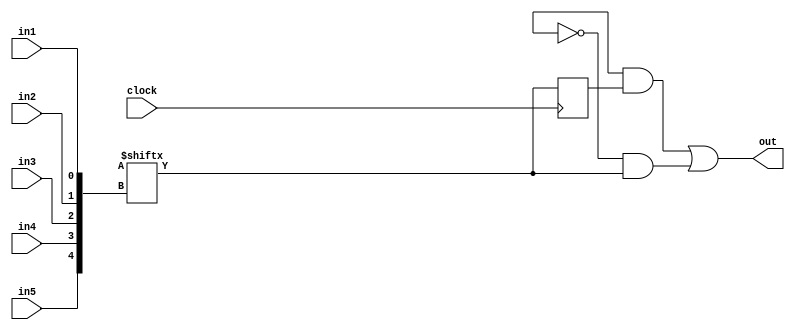
module logic_tile(out,clock,in1,in2,in3,in4,in5);
    input clock;
    input in1;
    input in2,in3,in4,in5;
    wire control;
    output out;
    reg [32:0] mem;
    reg q;
    reg qbar;
    wire d;

    initial begin
      q = 1'b0;
    end

    
    assign control=mem[32];
    assign d=mem[{in5,in4,in3,in2,in1}];
    always@(posedge clock)
        begin
            q <=d;
            qbar=!d;
        end


    assign out=(control & q) | (~control & d);
endmodule
module switch_box_4x4(out,in);
    input [3:0] in;
    reg [15:0] configure;
    output [3:0] out;
    assign out[0]= ((in[0] & configure[0]) | (in[1] & configure[1])) | ((in[2] & configure[2]) | (in[3] & configure[3]));
    assign out[1]= ((in[0] & configure[4]) | (in[1] & configure[5])) | ((in[2] & configure[6]) | (in[3] & configure[7]));
    assign out[2]= ((in[0] & configure[8]) | (in[1] & configure[9])) | ((in[2] & configure[10]) | (in[3] & configure[11]));
    assign out[3]= ((in[0] & configure[12]) | (in[1] & configure[13])) | ((in[2] & configure[14]) | (in[3] & configure[15]));
endmodule
module universal_shift_register(four_bits_one,four_bits_two,cin,control,clock,four_bits_sum,serial_input,cout);
    input [1:0] control;
    input serial_input;
    input clock;
    input cin;
    output [3:0] four_bits_sum;
    output cout;
    wire [7:0] out1,out2;
    input [3:0] four_bits_one;
    input [3:0] four_bits_two;
    wire [2:0] carry;
    logic_tile ins1(.out(carry[0]),.clock(clock),.in1(cin),.in2(four_bits_one[0]),.in3(four_bits_two[0]),.in4(1'b0),.in5(1'b0));
    logic_tile ins2(.out(carry[1]),.clock(clock),.in1(carry[0]),.in2(four_bits_one[1]),.in3(four_bits_two[1]),.in4(1'b0),.in5(1'b0));
    logic_tile ins3(.out(carry[2]),.clock(clock),.in1(carry[1]),.in2(four_bits_one[2]),.in3(four_bits_two[2]),.in4(1'b0),.in5(1'b0));
    logic_tile ins4(.out(cout),.clock(clock),.in1(carry[2]),.in2(four_bits_one[3]),.in3(four_bits_two[3]),.in4(1'b0),.in5(1'b0));

    logic_tile ins5(.out(four_bits_sum[0]),.clock(clock),.in1(cin),.in2(four_bits_one[0]),.in3(four_bits_two[0]),.in4(1'b0),.in5(1'b0));
    logic_tile ins6(.out(four_bits_sum[1]),.clock(clock),.in1(carry[0]),.in2(four_bits_one[1]),.in3(four_bits_two[1]),.in4(1'b0),.in5(1'b0));
    logic_tile ins7(.out(four_bits_sum[2]),.clock(clock),.in1(carry[1]),.in2(four_bits_one[2]),.in3(four_bits_two[2]),.in4(1'b0),.in5(1'b0));
    logic_tile ins8(.out(four_bits_sum[3]),.clock(clock),.in1(carry[2]),.in2(four_bits_one[3]),.in3(four_bits_two[3]),.in4(1'b0),.in5(1'b0));


endmodule